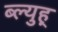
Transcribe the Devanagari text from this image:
ब्ल्युह्